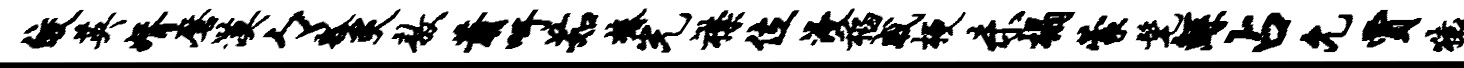
皎英婿磨漠々瓢炙敖萧吁茹椿光襟位浸稻戚梗未榻蒙髦鲧占允贾猿